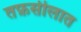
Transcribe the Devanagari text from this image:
तफ़सीलात